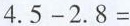
$$4 . 5 - 2 . 8 =$$